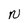
Character: N